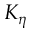
K _ { \eta }